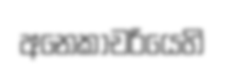
අනෙකාචරියෙහි